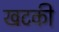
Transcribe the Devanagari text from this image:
खटकी